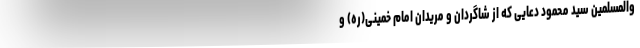
والمسلمین سید محمود دعایی که از شاگردان و مریدان امام خمینی(ره) و